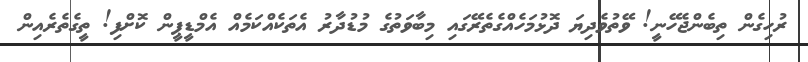
ރުހިގެން ތިބެންޖެހޭނީ! ވޭތުވެދިޔަ ދޮޅުމަހެއްގެތެރޭގައި މިބާވަތުގެ މުޑުދާރު އެތަކެއްކަމެއް އެމްޑީޕީން ކޮށްފި! ތީގެތެރެއިން